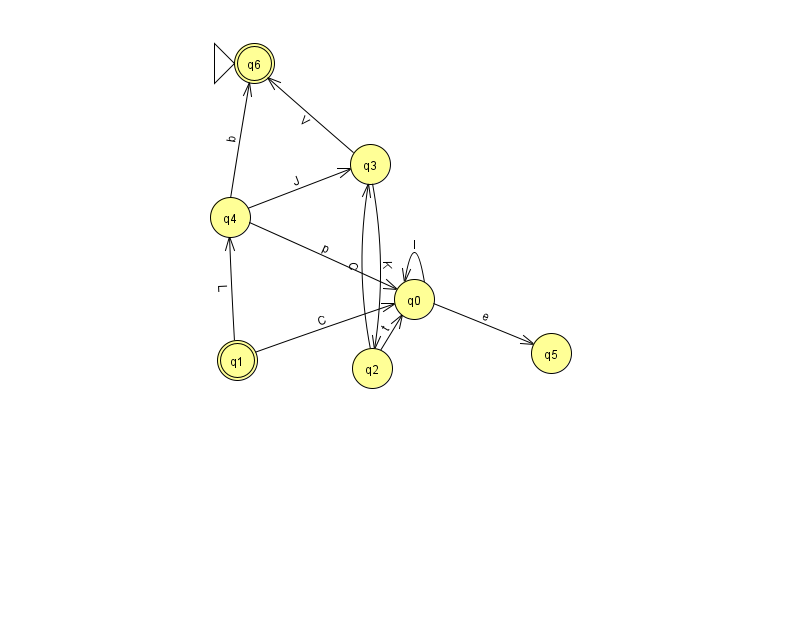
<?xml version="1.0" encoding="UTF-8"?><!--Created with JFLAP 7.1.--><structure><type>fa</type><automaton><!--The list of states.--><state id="0" name="q0"><x>414.0</x><y>286.0</y></state><state id="1" name="q1"><x>237.0</x><y>347.0</y><final/></state><state id="2" name="q2"><x>372.0</x><y>355.0</y></state><state id="3" name="q3"><x>370.0</x><y>151.0</y></state><state id="4" name="q4"><x>230.0</x><y>204.0</y></state><state id="5" name="q5"><x>551.0</x><y>340.0</y></state><state id="6" name="q6"><x>254.0</x><y>50.0</y><initial/><final/></state><!--The list of transitions.--><transition><from>3</from><to>2</to><read>K</read></transition><transition><from>1</from><to>0</to><read>C</read></transition><transition><from>0</from><to>5</to><read>e</read></transition><transition><from>3</from><to>6</to><read>V</read></transition><transition><from>4</from><to>3</to><read>J</read></transition><transition><from>2</from><to>0</to><read>t</read></transition><transition><from>4</from><to>0</to><read>p</read></transition><transition><from>1</from><to>4</to><read>L</read></transition><transition><from>2</from><to>3</to><read>C</read></transition><transition><from>0</from><to>0</to><read>l</read></transition><transition><from>4</from><to>6</to><read>b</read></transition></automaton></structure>